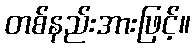
တစ်နည်းအားဖြင့်။